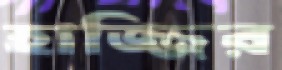
হাজ্জির